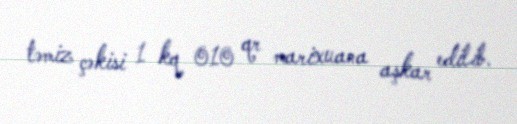
təmiz çəkisi 1 kq 010 qr marixuana aşkar edilib.